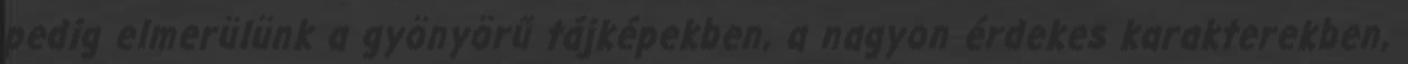
pedig elmerülünk a gyönyörű tájképekben, a nagyon érdekes karakterekben,